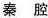
秦 腔